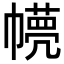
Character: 𢅘